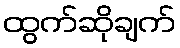
ထွက်ဆိုချက်